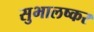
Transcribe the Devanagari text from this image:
सुभालष्कर